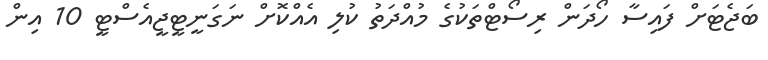
ބަޖެޓަށް ފައިސާ ހޯދަން ރިސޯޓްތަކުގެ މުއްދަތު ކުލި އެއްކޮށް ނަގަނީޓީޖީއެސްޓީ 10 އިން